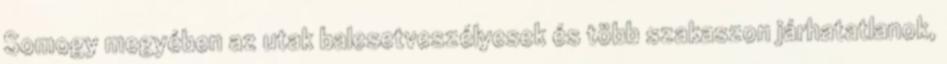
Somogy megyében az utak balesetveszélyesek és több szakaszon járhatatlanok,